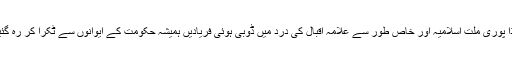
لہٰذا پوری ملت اسلامیہ اور خاص طور سے علامہ اقبال کی درد میں ڈوبی ہوئی فریادیں ہمیشہ حکومت کے ایوانوں سے ٹکرا کر رہ گئیں۔